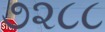
૭૨૮૮